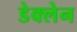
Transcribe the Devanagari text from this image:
डेक्लेन